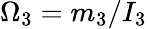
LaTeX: \Omega_{3}=m_{3}/I_{3}